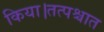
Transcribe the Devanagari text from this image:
किया।तत्पश्चात